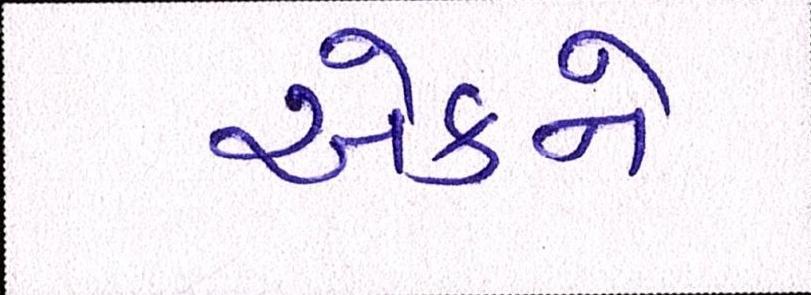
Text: એકને